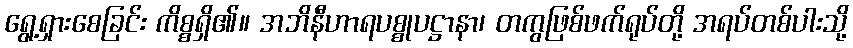
ရွေ့ရှားစေခြင်း ကိစ္စရှိ၏။ အဘိနီဟာရပစ္စုပဋ္ဌာနာ၊ တကွဖြစ်ဖက်ရုပ်တို့ အရပ်တစ်ပါးသို့